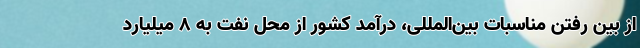
از بین رفتن مناسبات بین‌المللی، درآمد کشور از محل نفت به 8 میلیارد